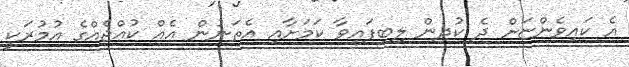
އެ ކައިވެންޏަށް ދެ ކުދިން ލިބިފައިވާ ކަމަށާއި އެތަނުން އެއް ކުއްޖެއްގެ އުމުރަކީ